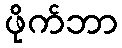
ဖိုက်ဘာ